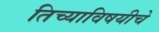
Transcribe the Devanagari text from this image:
तिच्याविषयीचे